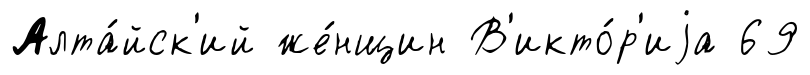
Алта́йск'ий же́нщин В'икто́р'иjа 69